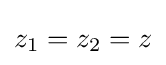
z_{1}=z_{2}=z